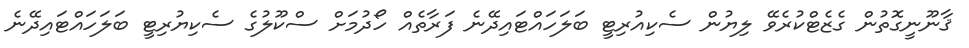
ޤާނޫނީގޮތުން ގެޒެޓްކުރެވޭ ލިޔުން ސެކިއުރިޓީ ބަލަހައްޓައިދޭނެ ފަރާތެއް ހޯދުމަށް ސްކޫލުގެ ސެކިޔުރިޓީ ބަލަހައްޓައިދޭނެ